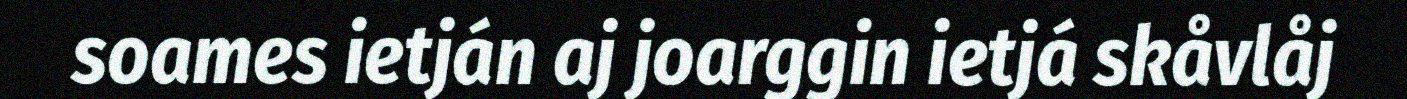
soames ietján aj joarggin ietjá skåvlåj